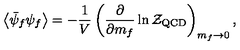
\left< \bar { \psi } _ { f } \psi _ { f } \right> = - \frac { 1 } { V } \left( \frac { \partial } { \partial m _ { f } } \ln { \cal Z } _ { \mathrm { Q C D } } \right) _ { m _ { f } \to 0 } ,